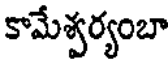
కామేశ్వర్యంబా